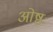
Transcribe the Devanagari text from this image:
ओष्ठः